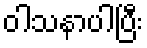
ဝါသနာပါပြီး